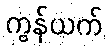
ကွန်ယက်